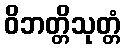
ဝိဘတ္တိသုတ္တံ